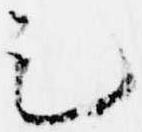
足